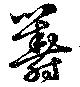
籌